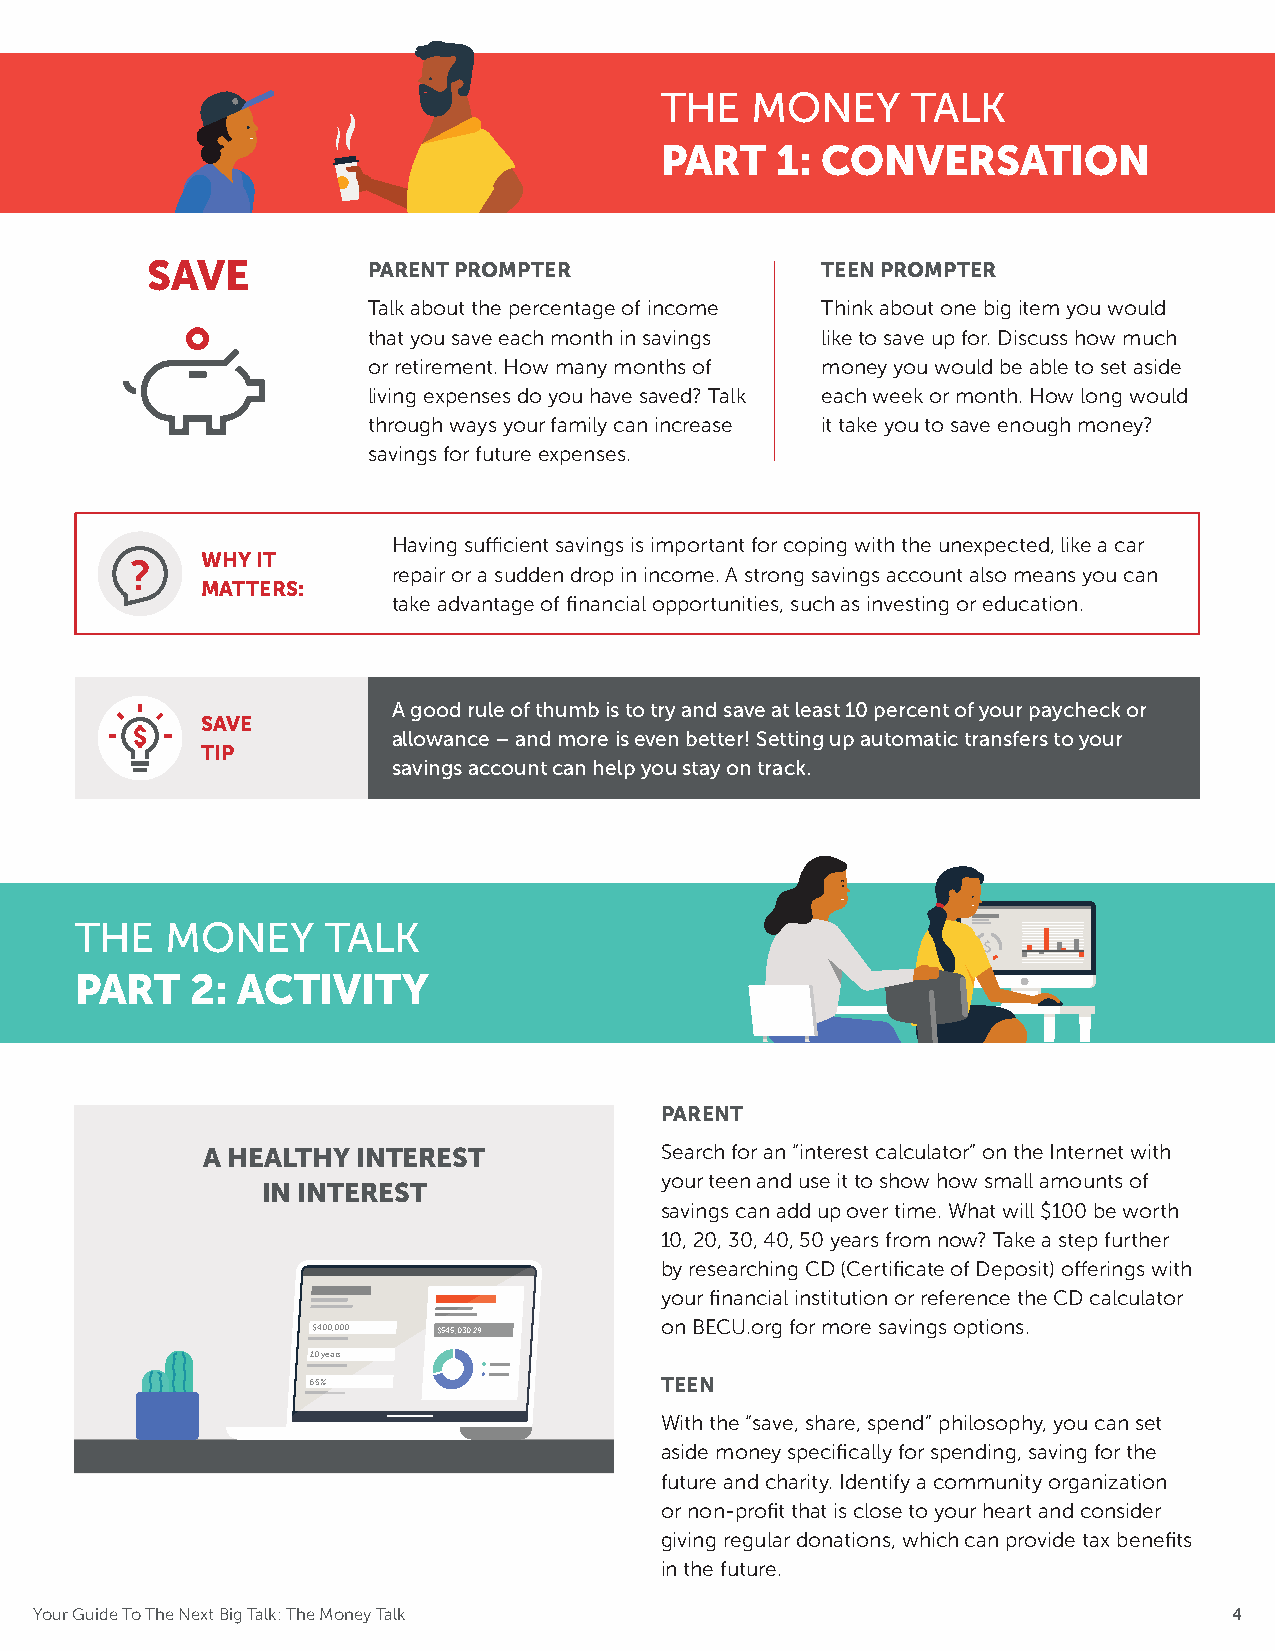
THE   MONEY     TALK
 PART   1: CONVERSATION
 SAVE          PARENT PROMPTER               TEEN PROMPTER
 Talk about the percentage of income Think about one big item you would
 that you save each month in savings like to save up for. Discuss how much
 or retirement. How many months of money you would be able to set aside
 living expenses do you have saved? Talk each week or month. How long would
 through ways your family can increase it take you to save enough money?
 savings for future expenses.
 Having sufficient savings is important for coping with the unexpected, like a car
 WHY IT
 ?
 repair or a sudden drop in income. A strong savings account also means you can
 MATTERS:
 take advantage of financial opportunities, such as investing or education.
 A good rule of thumb is to try and save at least 10 percent of your paycheck or
 SAVE
 allowance – and more is even better! Setting up automatic transfers to your
 TIP
 savings account can help you stay on track.
 THE   MONEY      TALK
 PART    2: ACTIVITY
 PARENT
 A HEALTHY  INTEREST            Search for an “interest calculator” on the Internet with
 your teen and use it to show how small amounts of
 IN INTEREST
 savings can add up over time. What will $100 be worth
 10, 20, 30, 40, 50 years from now? Take a step further
 by researching CD (Certificate of Deposit) offerings with
 your financial institution or reference the CD calculator
 $400,000 $$554455,,003300..2299 on BECU.org for more savings options.
 10 years
 6.5%                    TEEN
 With the “save, share, spend” philosophy, you can set
 aside money specifically for spending, saving for the
 future and charity. Identify a community organization
 or non-profit that is close to your heart and consider
 giving regular donations, which can provide tax benefits
 in the future.
 Your Guide To The Next Big Talk: The Money Talk                                 4